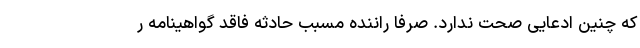
که چنین ادعایی صحت ندارد. صرفا راننده مسبب حادثه فاقد گواهینامه ر